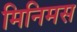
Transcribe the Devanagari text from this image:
मिनिमस